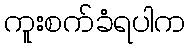
ကူးစက်ခံရပါက